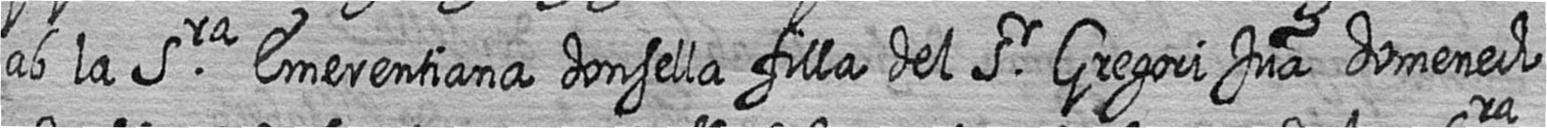
ab la Sra Emerentiana donsella filla del Sr Gregori Jua domenech